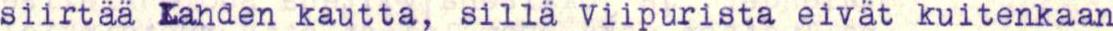
siirtää Lahden kautta, sillä Viipurista eivät kuitenkaan